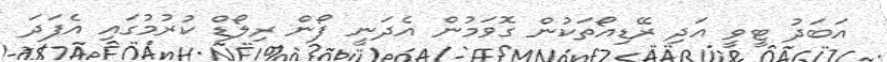
އަބަދު ޓީވީ އަދި ރޭޑިއޯތަކުން ގޮވަމުން އެދަނީ ފޯން ރިލޯޑް ކުރުމުގައި އެފަދަ